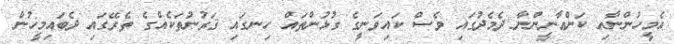
އެމީހުންނާއި ކަންޢާނީންނާ ދެމެދުގައި ވެސް ކައިވަނީގެ ގުޅުންތައް ހިނގައި ޤަރުނުތަކެއްގެ ތެރޭގައި ދެބައިމީހުން